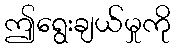
ဤရွေးချယ်မှုကို